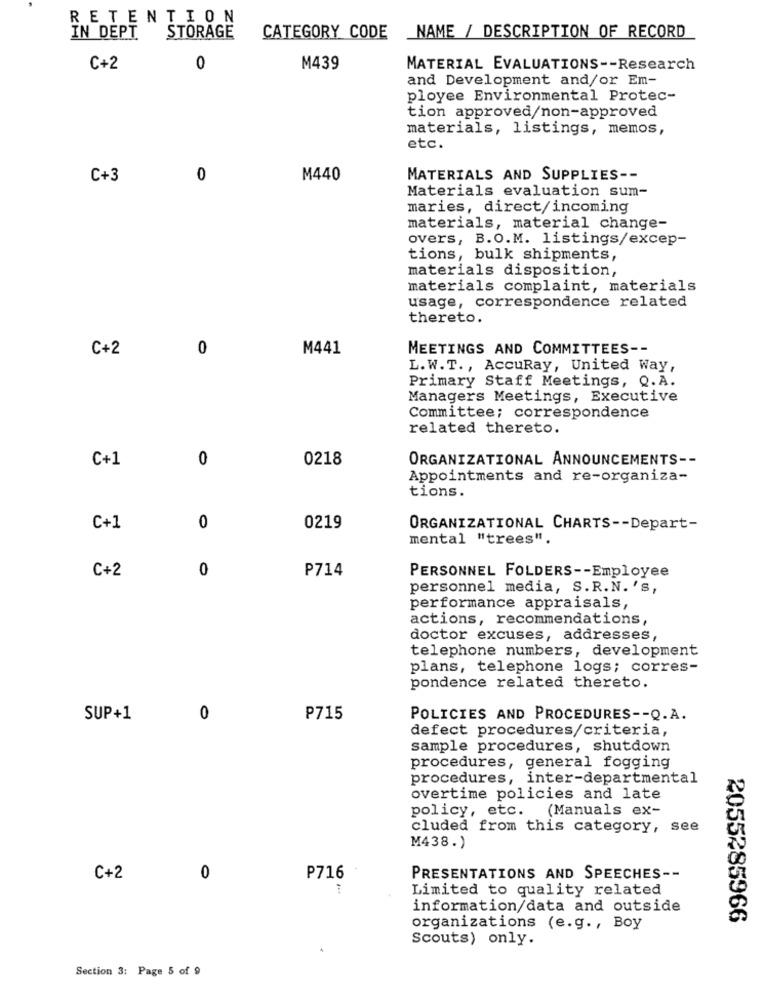
RETENTION
IN DEPT
STORAGE
CATEGORY CODE
NAME / DESCRIPTION OF RECORD
C+2
0
M439
MATERIAL EVALUATIONS -- Research
and Development and/or Em-
ployee Environmental Protec-
tion approved/non-approved
materials, listings, memos,
etc.
C+3
0
M440
MATERIALS AND SUPPLIES --
Materials evaluation sum-
maries, direct/incoming
materials, material change-
overs, B.O.M. listings/excep-
tions, bulk shipments,
materials disposition,
materials complaint, materials
usage, correspondence related
thereto.
C+2
0
M441
MEETINGS AND COMMITTEES --
L.W.T ., AccuRay, United Way,
Primary Staff Meetings, Q.A.
Managers Meetings, Executive
Committee; correspondence
related thereto.
C+1
0
0218
ORGANIZATIONAL ANNOUNCEMENTS --
Appointments and re-organiza-
tions.
C+1
0
0219
ORGANIZATIONAL CHARTS -- Depart-
mental "trees".
0
P714
C+2
PERSONNEL FOLDERS -- Employee
personnel media, S.R.N.'s,
performance appraisals,
actions, recommendations,
doctor excuses, addresses,
telephone numbers, development
plans, telephone logs; corres-
pondence related thereto.
SUP+1
0
₱715
POLICIES AND PROCEDURES -- Q.A.
defect procedures/criteria,
sample procedures, shutdown
procedures, general fogging
procedures, inter-departmental
overtime policies and late
policy, etc. (Manuals ex-
cluded from this category, see
M438.)
C+2
0
P716
PRESENTATIONS AND SPEECHES --
Limited to quality related
information/data and outside
2055285966
organizations (e.g ., Boy
Scouts) only.
Section 3: Page 5 of 9